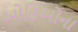
ઓહિઓના